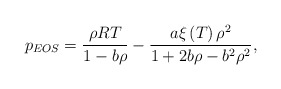
\begin{align*}{p_{EOS}} = \frac{{\rho RT}}{{1 - b\rho }} - \frac{{a\xi \left( T \right){\rho ^2}}}{{1 + 2b\rho - {b^2}{\rho ^2}}},\end{align*}